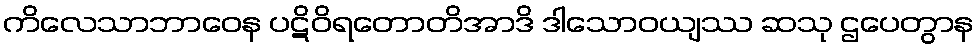
ကိလေသာဘာဝေန ပဋိဝိရတောတိအာဒိ ဒါသောဝယျဿ ဆသု ဌပေတွာန